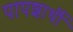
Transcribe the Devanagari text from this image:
पापशार्थी